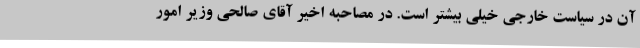
آن در سیاست خارجی خیلی بیشتر است. در مصاحبه اخیر آقای صالحی وزیر امور